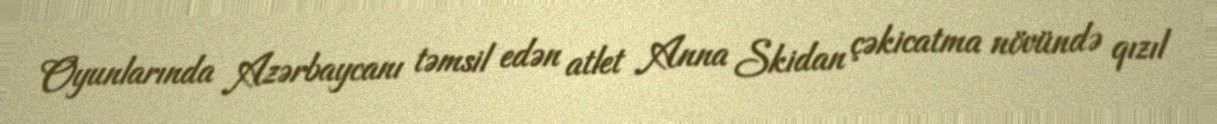
Oyunlarında Azərbaycanı təmsil edən atlet Anna Skidan çəkicatma növündə qızıl